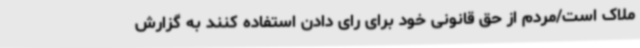
ملاک است/مردم از حق قانونی خود برای رای دادن استفاده کنند به گزارش